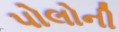
પોલોની